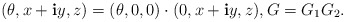
\begin{align*}(\theta,x+\mathbf{i}y,z)=(\theta,0,0)\cdot(0,x+\mathbf{i}y,z), G=G_1G_2.\end{align*}